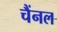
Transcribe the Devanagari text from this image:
चैंनल